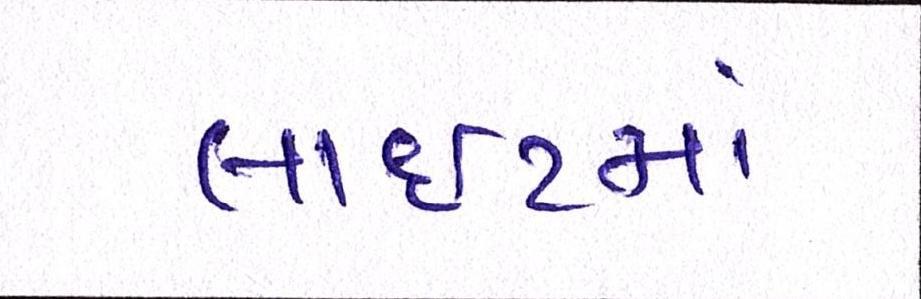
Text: લાઈટમાં